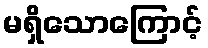
မရှိသောကြောင့်